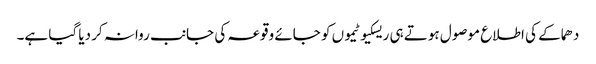
دھماکے کی اطلاع موصول ہوتے ہی ریسکیو ٹیموں کو جائے وقوعہ کی جانب روانہ کر دیا گیا ہے۔